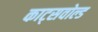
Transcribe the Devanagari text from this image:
काट्सवोल्ड